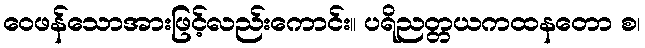
ဝေဖန်သောအားဖြင့်လည်းကောင်း။ ပရိညတ္တယကထနတော စ၊